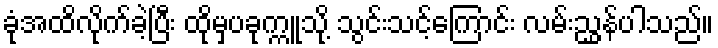
ခုံအထိလိုက်ခဲ့ပြီး ထိုမှပခုက္ကူသို့ သွင်းသင့်ကြောင်း လမ်းညွှန်ပါသည်။